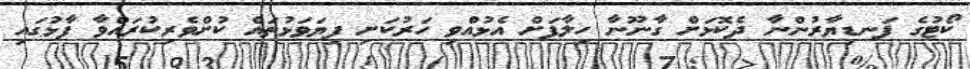
ކޯޓުގެ ފަނޑިޔާރުންނާ ދެކޮޅަށް ގާނޫނާ ހިލާފަށް އެޅުއްވި ހަރުކަށި ފިޔަވަޅުތައް ކުށްވެރިކުރައްވާ ފާޅުގައި